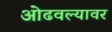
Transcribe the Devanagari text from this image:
ओढवल्यावर